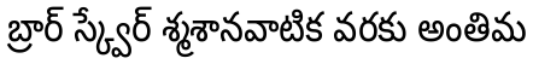
బ్రార్ స్క్వేర్ శ్మశానవాటిక వరకు అంతిమ